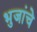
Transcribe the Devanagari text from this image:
भुजांचे